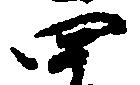
四